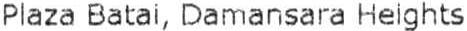
PLAZA BATAI, DAMANSARA HEIGHTS